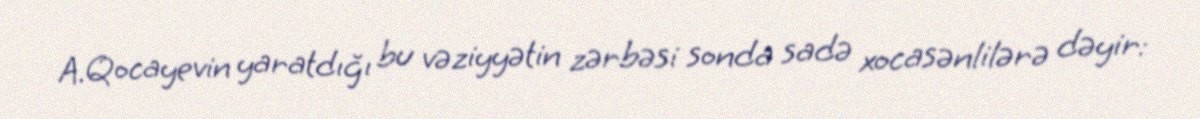
A.Qocayevin yaratdığı bu vəziyyətin zərbəsi sonda sadə xocasənlilərə dəyir: